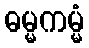
ဓမ္မကမ္မံ